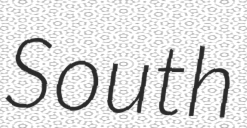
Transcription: South